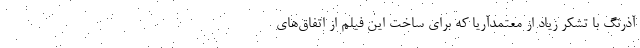
آذرنگ با تشکر زیاد از معتمدآریا که برای ساخت این فیلم از اتفاق‌های